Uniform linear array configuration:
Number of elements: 16
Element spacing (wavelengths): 0.25
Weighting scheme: cosine
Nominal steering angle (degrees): -45
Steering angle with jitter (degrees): -46.773
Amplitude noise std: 0.05
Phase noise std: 0.05

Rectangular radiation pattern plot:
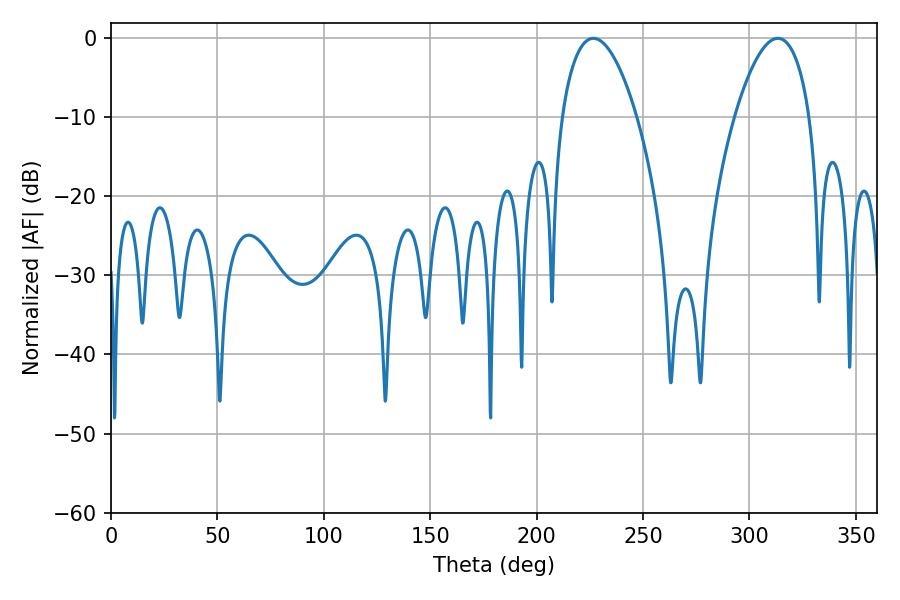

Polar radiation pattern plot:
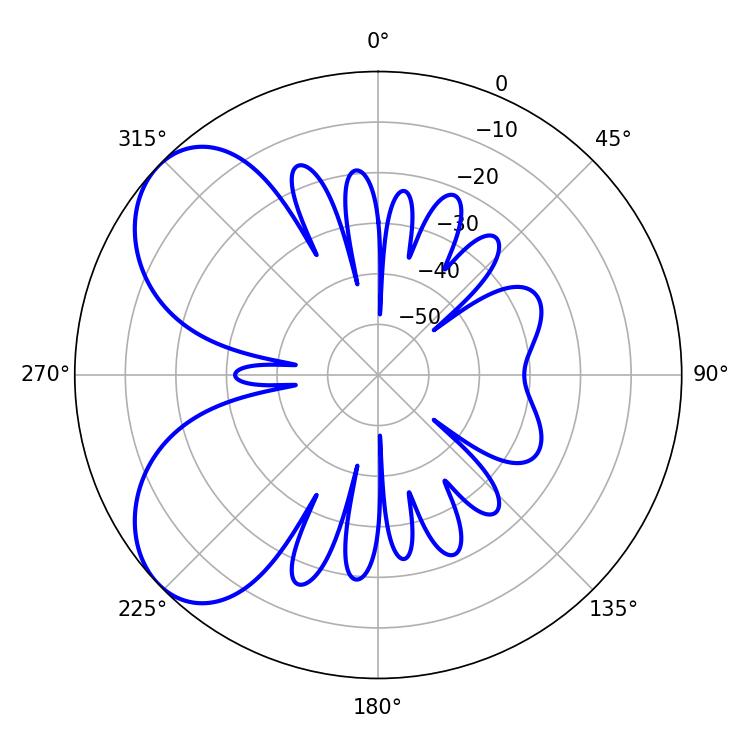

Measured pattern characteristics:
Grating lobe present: FALSE
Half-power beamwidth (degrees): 19.62
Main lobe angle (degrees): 226.62